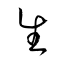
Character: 生